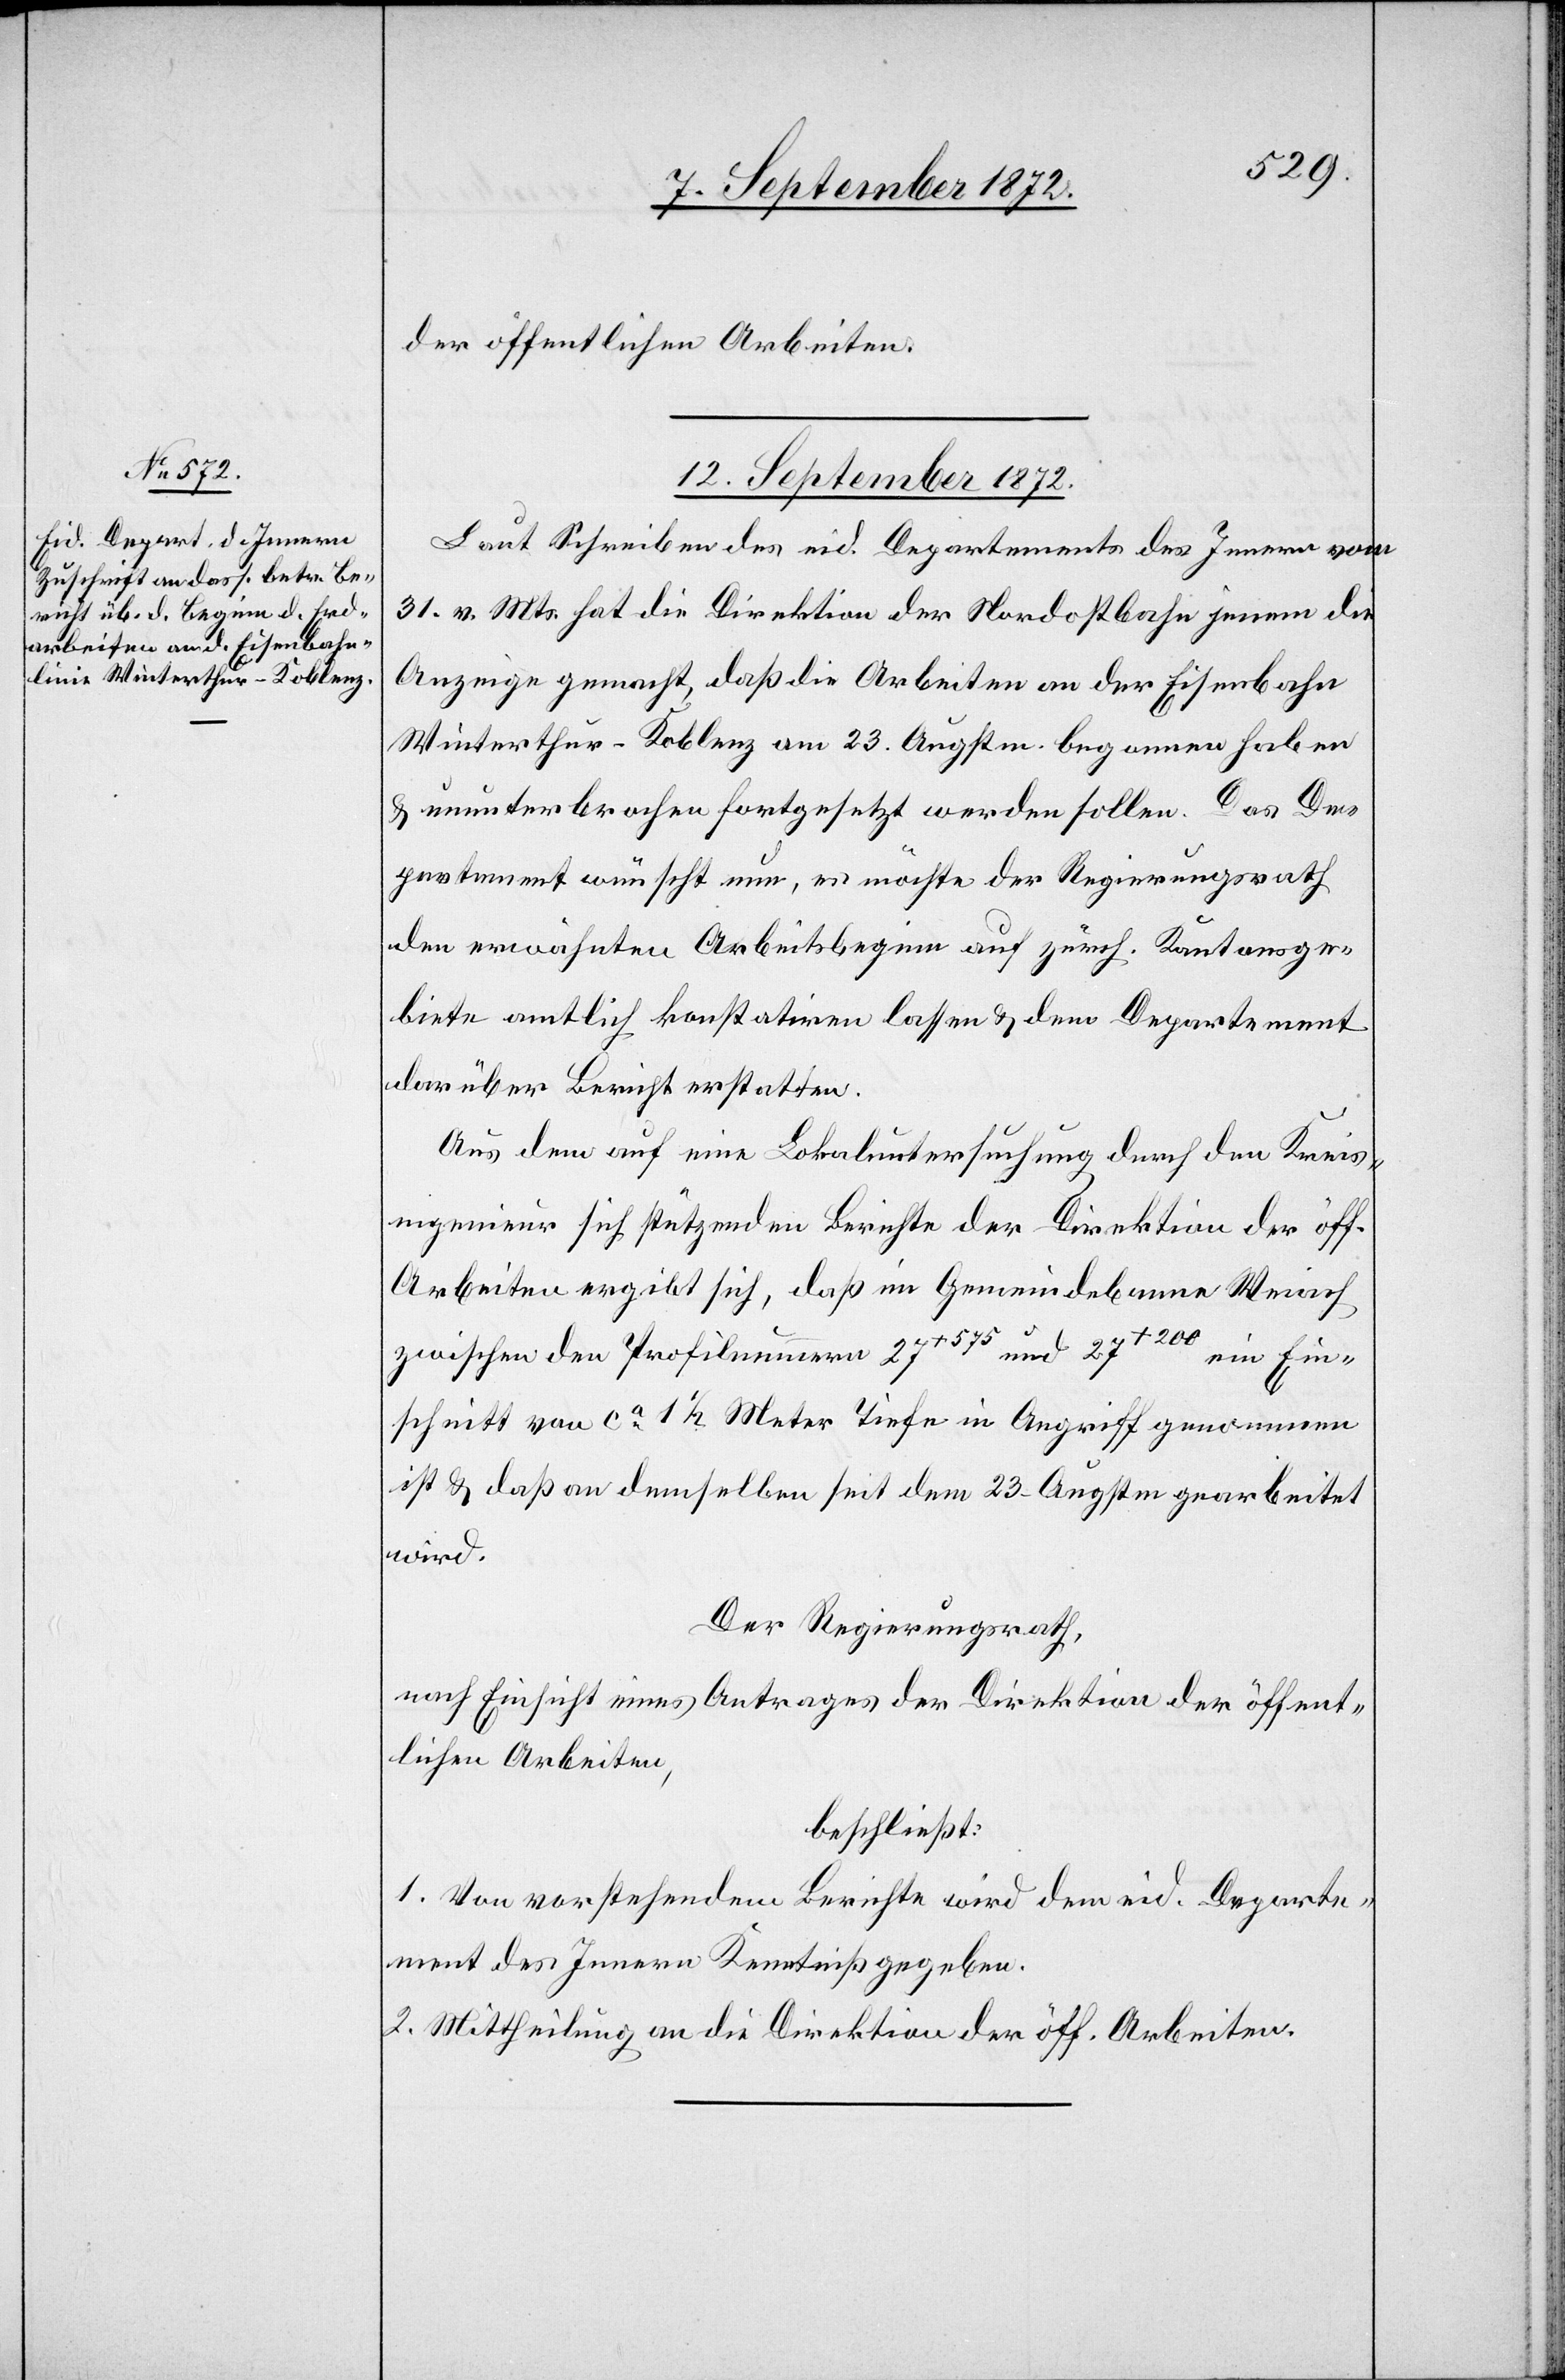
der öffentlichen Arbeiten.
12. September 1872.
Laut Schreiben des eid. Departements des Innern vom
31. v. Mts. hat die Direktion der Nordostbahn jenem die
Anzeige gemacht, daß die Arbeiten an der Eisenbahn
Winterthur–Koblenz am 23. Augstm. begonnen haben
u. unterbrochen fortgesetzt werden sollen. Das De¬
partement wünscht nun, es möchte der Regierungsrath
den erwähnten Arbeitsbeginn auf zürch. Kantonsge¬
biete amtlich konstatiren lassen u. dem Departement
darüber Bericht erstatten.
Aus dem auf eine Lokaluntersuchung durch den Kreis¬
ingenieur sich stützenden Berichte der Direktion der öff.
Arbeiten ergibt sich, daß im Gemeindebanne Weiach
zwischen den Profilnummern 27+575 und 27+200 ein Ein¬
schnitt von ca 1 1/2 Meter Tiefe in Angriff genommen
ist u. daß an demselben seit dem 23. Augstm. gearbeitet
wird.
Der Regierungsrath,
nach Einsicht eines Antrages der Direktion der öffent¬
lichen Arbeiten,
beschließt:
1. Von vorstehendem Berichte wird dem eid. Departe¬
ment des Innern Kenntniß gegeben.
2. Mittheilung an die Direktion der öff. Arbeiten.